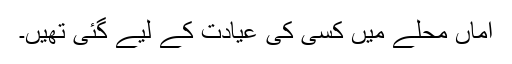
اماں محلے میں کسی کی عیادت کے لیے گئی تھیں۔